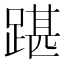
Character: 踸